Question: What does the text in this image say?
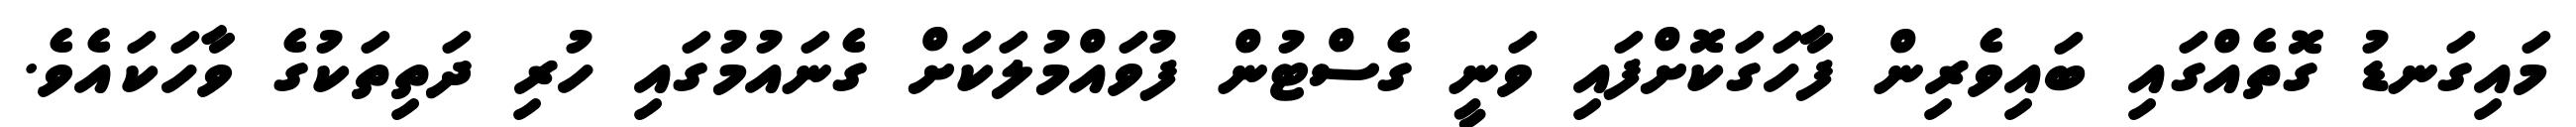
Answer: މައިގަނޑު ގޮތެއްގައި ބައިވެރިން ފާހަގަކޮށްފައި ވަނީ ގެސްޓުން ފުވައްމުލަކަށް ގެނައުމުގައި ހުރި ދަތިތަކުގެ ވާހަކައެވެ.